Resolution. No. 1369 Ex.
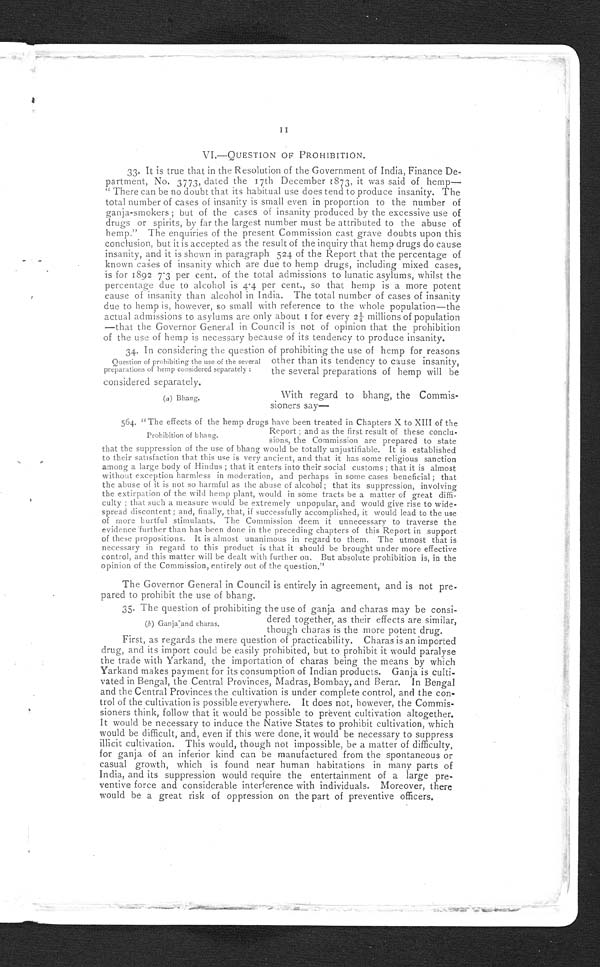
11
VI.—QUESTION OF PROHIBITION.
33. It is true that in the Resolution of the Government of India, Finance De-
partment, No. 3773, dated the 17th December 1873, it was said of hemp
– – " T h e r e c a n b e n o d o u b t t h a t i t s h a b i t u a l u s e d o e s t e n d t o p r o d u c e i n s a n i t y . T h e
total number of cases of insanity is small even in proportion to the number of
ganja-smokers; but of the cases of insanity produced by the excessive use of
drugs or spirits, by far the largest number must be attributed to the abuse of
hemp." The enquiries of the present Commission cast grave doubts upon this
conclusion, but it is accepted as the result of the inquiry that hemp drugs do cause
insanity, and it is shown in paragraph 524 of the Report that the percentage of
known cases of insanity which are due to hemp drugs, including mixed cases,
is for 1892 7°3 per cent. of the total admissions to lunatic asylums, w hilst the
percentage due to alcohol is 4°4 per cent., so that hemp is a more potent
cause of insanity than alcohol in India. The total number of cases of insanity
due to hemp is, however, so small with reference to the whole population—the
actual admissions to asylums are only about 1 for every 2 ¼
m i l l i o n s o f p o p u l a t i o n
—that the Governor General in Council is not of opinion that the prohibition
of the use of hemp is necessary because of its tendency to produce insanity.
34. In considering the question of prohibiting the use of hemp for reasons
Ouestion of prohibiting the use of the several other than its tendency to cause insanity,
preparations of hemp considered separately:
the several preparations of hemp will be
considered separately.
( a ) B h a n g .
With regard to bhang, the Commis-
sioners say
—
564. "The effects of the hemp drugs have been treated in Chapters X to XIII of
Prohibition of bhang.
Report; and as the first result of these conclu-
sions, the Commission are prepared to state
that the suppression of the use of bhang would be totally unjustifiable. It is established
to their satisfaction that this use is very ancient, and that it has some religious sanction
among a large body of Hindus; that it enters into their social customs; that it is almost
without exception harmless in moderation, and perhaps in some cases beneficial; that
the abuse of it is not so harmful as the abuse of alcohol; that its suppression, involving
the extirpation of the wild hemp plant, would in some tracts be a matter of great diffi-
culty; that such a measure would be extremely unpopular, and would give rise to wide--
spread discontent; and, finally, that, if successfully accomplished, it would lead to the use
of more hurtful stimulants. The Commission deem it unnecessary to traverse the
evidence further than has been done in the preceding chapters of this Report in support
of these propositions. It is almost unanimous in regard to them. The utmost that is
necessary in regard to this product is that it should be brought under more effective
control, and this matter will be dealt with further on. But absolute prohibition is, in the
opinion of the Commission, entirely out of the question."
The Governor General in Council is entirely in agreement, and is not pre-
pared to prohibit the use of bhang.
35. The question of prohibiting the use of ganja and charas may be consi-
der ed t oget her , as t hei r ef f ect s ar e si mi l ar ,
(b) Ganjaand charas.
though charas is the more potent drug.
First, as regards the mere question of practicability. Charas is an imported
drug, and its import could be easily prohibited, but to prohibit it would paralyse
the trade with Yarkand, the importation of charas being the means by which
Yarkand makes payment for its consumption of Indian products. Ganja is
culti-vated in Bengal, the Central Provinces, Madras, Bombay, and Berar. In Bengal
and the Central Provinces the cultivation is under complete control, and the con-
trol of the cultivation is possible everywhere. It does not, however, the Commis-
sioners think, follow that it would be possible to prevent cultivation altogether.
It would be necessary to induce the Native States to prohibit cultivation, which
would be difficult, and, even if this were done, it would be necessary to suppress
illicit cultivation. This would, though not impossible, be a matter of difficulty,
for ganja of an inferior kind can be manufactured from the spontaneous or
casual growth, which is found near human habitations in many parts of
India, and its suppression would require the entertainment of a large pre-
ventive force and considerable interference with individuals. Moreover, there
would be a great risk of oppression on the part of preventive officers.